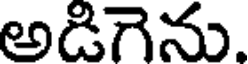
అడిగెను.